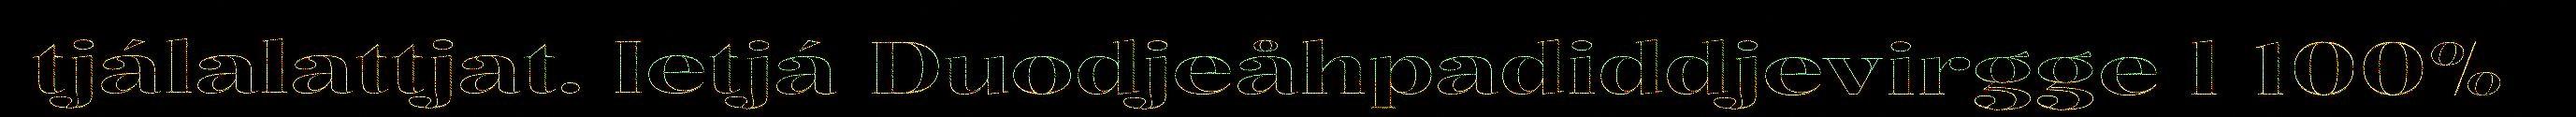
tjálalattjat. Ietjá Duodjeåhpadiddjevirgge l 100%